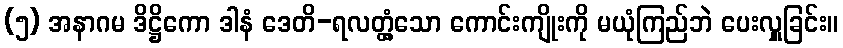
(၅) အနာဂမ ဒိဋ္ဌိကော ဒါနံ ဒေတိ-ရလတ္တံ့သော ကောင်းကျိုးကို မယုံကြည်ဘဲ ပေးလှူခြင်း။